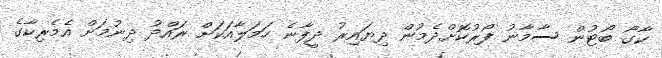
ކާގޯ ބޯޓުން ސާމާނު ފޯރުކޮށްދެމުން ދިޔައިރު ދީފާނެ ހަމަލާއަކަށް ރައްދު ދިނުމަށް އެމެރިކާގެ